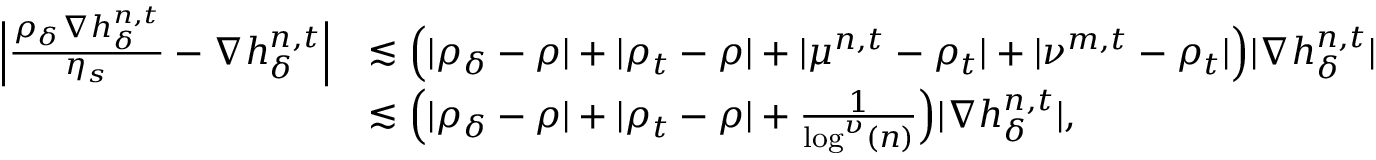
\begin{array} { r l } { \Big \vert \frac { \rho _ { \delta } \nabla h _ { \delta } ^ { n , t } } { \eta _ { s } } - \nabla h _ { \delta } ^ { n , t } \Big \vert } & { \lesssim \Big ( \vert \rho _ { \delta } - \rho \vert + \vert \rho _ { t } - \rho \vert + \vert \mu ^ { n , t } - \rho _ { t } \vert + \vert \nu ^ { m , t } - \rho _ { t } \vert \Big ) \vert \nabla h _ { \delta } ^ { n , t } \vert } \\ & { \lesssim \Big ( \vert \rho _ { \delta } - \rho \vert + \vert \rho _ { t } - \rho \vert + \frac { 1 } { \log ^ { \upsilon } ( n ) } \Big ) \vert \nabla h _ { \delta } ^ { n , t } \vert , } \end{array}